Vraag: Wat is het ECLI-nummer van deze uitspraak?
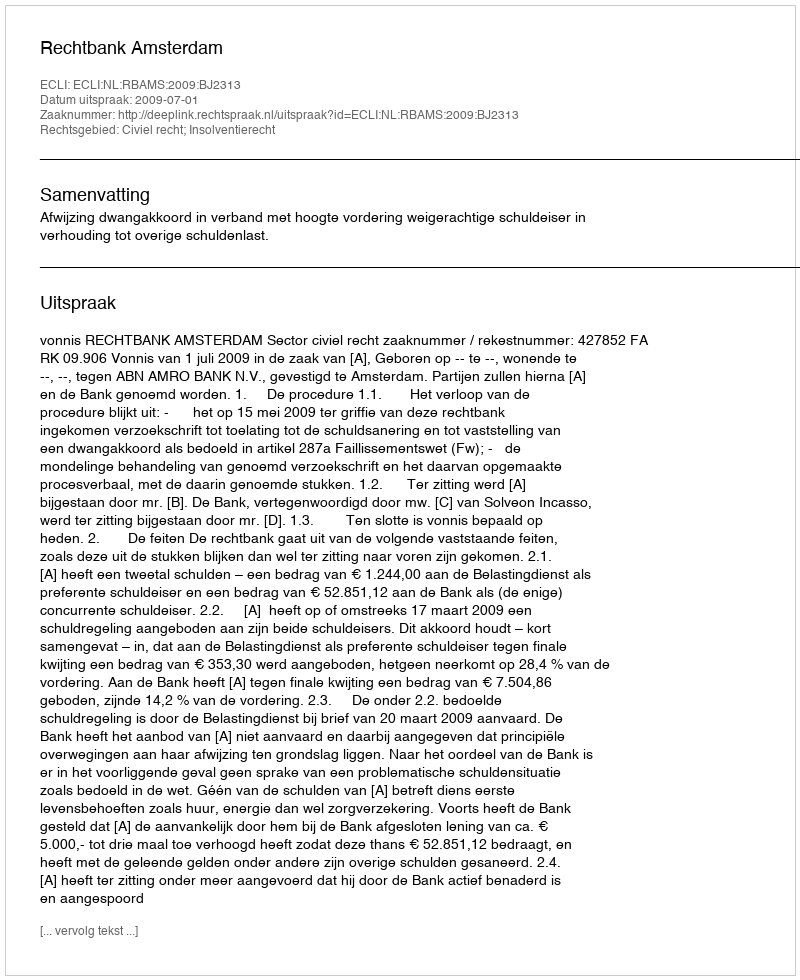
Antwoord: ECLI:NL:RBAMS:2009:BJ2313